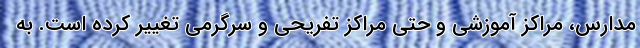
مدارس، مراکز آموزشی و حتی مراکز تفریحی و سرگرمی تغییر کرده است. به